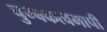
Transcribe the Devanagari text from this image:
चुम्बकत्वमापी